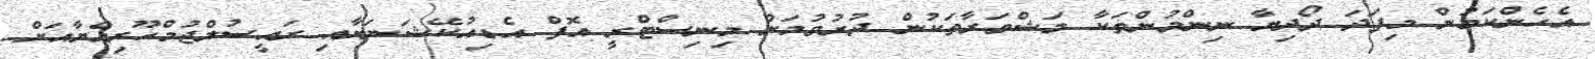
އެހެންކަމުން މިފަދަ ދޯދިޔާ ނިންމުންތަކާ މަޝްވަރާތަކުން ދުރުވުމަށް މިނިސްޓްރީ އޮފް އެޑިއުކޭޝަނަށާއި ރައީސުލްޖުމްހޫރިއްޔާއަށް